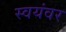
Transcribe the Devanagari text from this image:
स्‍वयंवर